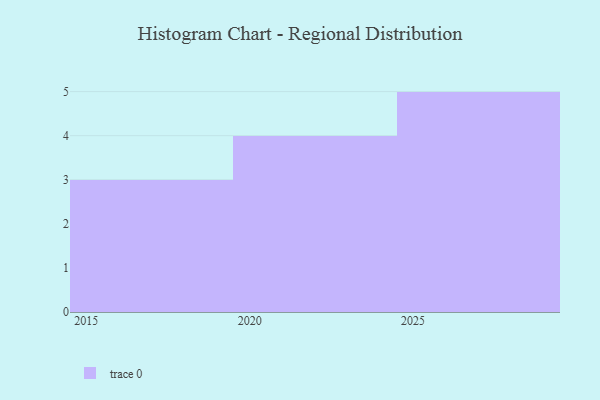
{"axis": {"x": "Year", "y": "Market Share (%)"}, "legend": [""], "data": [{"x": "2027", "y": 12, "type": ""}, {"x": "2026", "y": 33, "type": ""}, {"x": "2020", "y": 21, "type": ""}, {"x": "2021", "y": 48, "type": ""}, {"x": "2025", "y": 55, "type": ""}, {"x": "2028", "y": 35, "type": ""}, {"x": "2024", "y": 53, "type": ""}, {"x": "2019", "y": 75, "type": ""}, {"x": "2023", "y": 41, "type": ""}, {"x": "2017", "y": 57, "type": ""}, {"x": "2029", "y": 100, "type": ""}, {"x": "2016", "y": 61, "type": ""}]}